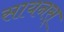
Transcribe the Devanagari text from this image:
सायनस्